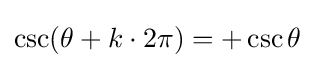
\csc(\theta +k\cdot 2\pi )=+\csc \theta